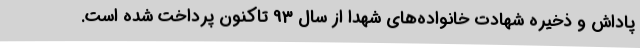
پاداش و ذخیره شهادت خانواده‌های شهدا از سال 93 تاکنون پرداخت شده است.